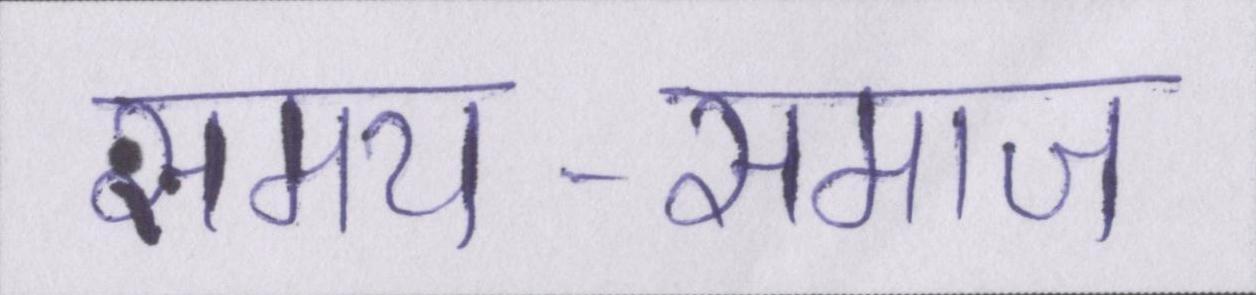
समय-समाज